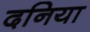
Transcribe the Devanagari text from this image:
दनिया